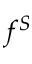
f ^ { S }